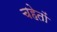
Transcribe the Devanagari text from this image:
चहेतों